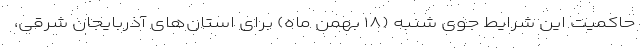
حاکمیت این شرایط جوی شنبه (۱۸ بهمن ماه) برای استان‌های آذربایجان شرقی،